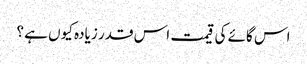
اس گائے کی قیمت اس قدر زیادہ کیوں ہے ؟